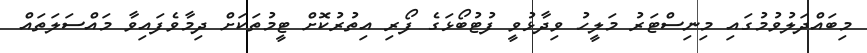
މިބައްދަލުވުމުގައި މިނިސްޓަރު މަލީހު ވިދާޅުވީ ފުޓުބޯޅަގެ ފޯރި އިތުރުކޮށް ޓީމުތަކަށް ދިމާވެފައިވާ މައްސަލަތައް